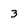
Character: 3